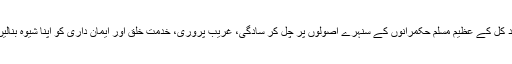
“اگر آج کے ہمارے اربابِ حل وعقد کل کے عظیم مسلم حکمرانوں کے سنہرے اُصولوں پر چل کر سادگی، غریب پروری، خدمت ِخلق اور ایمان داری کو اپنا شیوہ بنالیں تو یقیناً فلاح حاصل کرسکتے ہیں۔